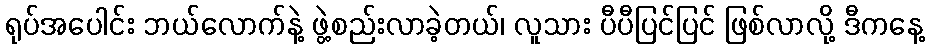
ရုပ်အပေါင်း ဘယ်လောက်နဲ့ ဖွဲ့စည်းလာခဲ့တယ်၊ လူသား ပီပီပြင်ပြင် ဖြစ်လာလို့ ဒီကနေ့